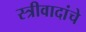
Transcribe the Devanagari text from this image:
स्त्रीवादांचे